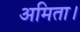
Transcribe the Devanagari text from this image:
अमिता।